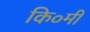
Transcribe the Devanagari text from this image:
कि०मी